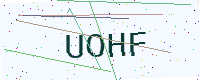
Text: UOHF